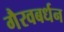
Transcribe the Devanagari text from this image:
गैरवबर्धन